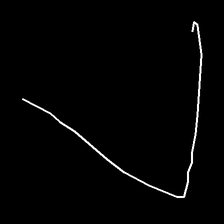
Glyph: region